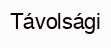
Távolsági